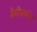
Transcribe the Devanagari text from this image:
डेसीप्रामीन